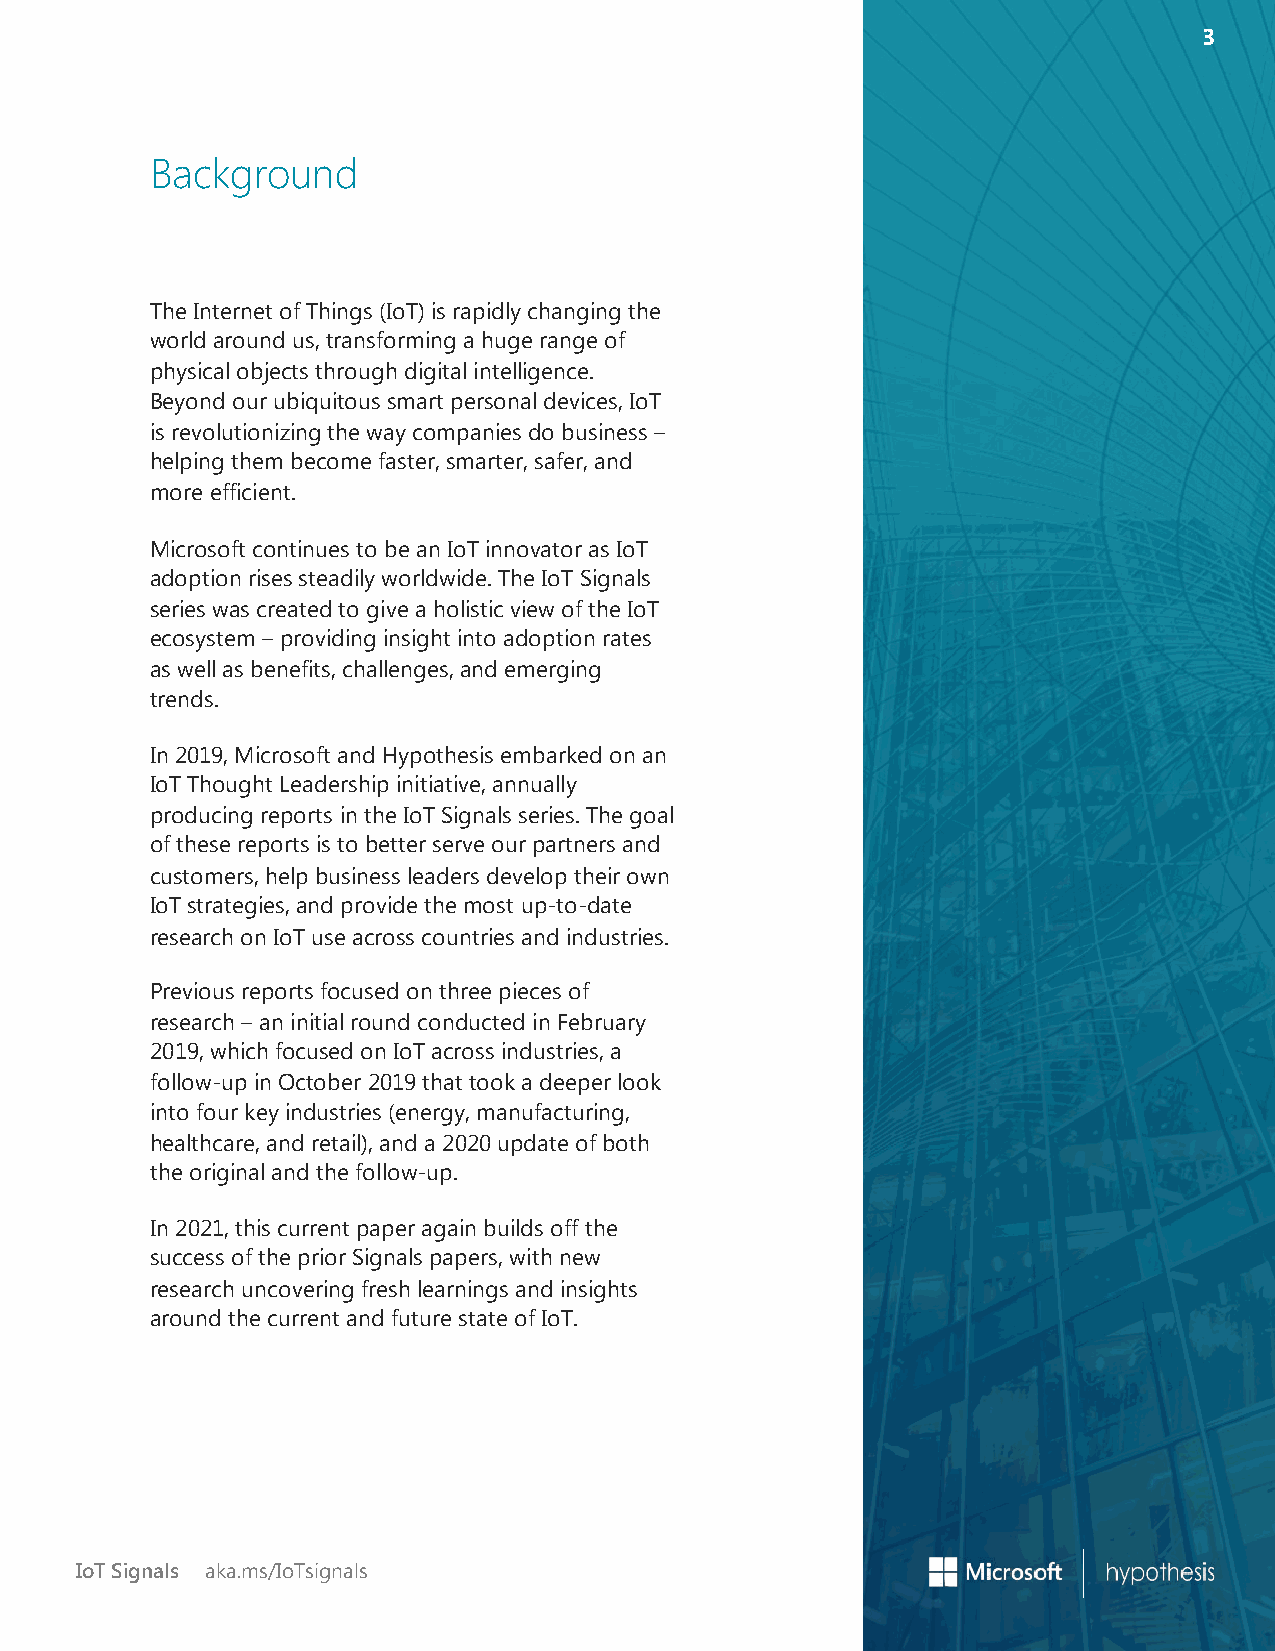
33
 Background
 The Internet of Things (IoT) is rapidly changing the
 world around us, transforming a huge range of
 physical objects through digital intelligence.
 Beyond our ubiquitous smart personal devices, IoT
 is revolutionizing the way companies do business –
 helping them become faster, smarter, safer, and
 more efficient.
 Microsoft continues to be an IoT innovator as IoT
 adoption rises steadily worldwide. The IoT Signals
 series was created to give a holistic view of the IoT
 ecosystem – providing insight into adoption rates
 as well as benefits, challenges, and emerging
 trends.
 In 2019, Microsoft and Hypothesis embarked on an
 IoT Thought Leadership initiative, annually
 producing reports in the IoT Signals series. The goal
 of these reports is to better serve our partners and
 customers, help business leaders develop their own
 IoT strategies, and provide the most up-to-date
 research on IoT use across countries and industries.
 Previous reports focused on three pieces of
 research – an initial round conducted in February
 2019, which focused on IoT across industries, a
 follow-up in October 2019 that took a deeper look
 into four key industries (energy, manufacturing,
 healthcare, and retail), and a 2020 update of both
 the original and the follow-up.
 In 2021, this current paper again builds off the
 success of the prior Signals papers, with new
 research uncovering fresh learnings and insights
 around the current and future state of IoT.
 IoT Signals aka.ms/IoTsignals